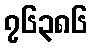
၇၆၃၈၆